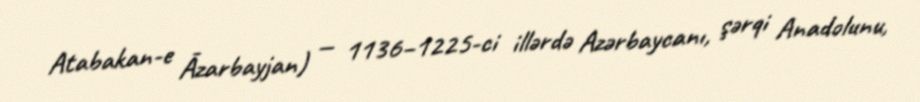
Atabakan-e Āzarbayjan) — 1136–1225-ci illərdə Azərbaycanı, şərqi Anadolunu,